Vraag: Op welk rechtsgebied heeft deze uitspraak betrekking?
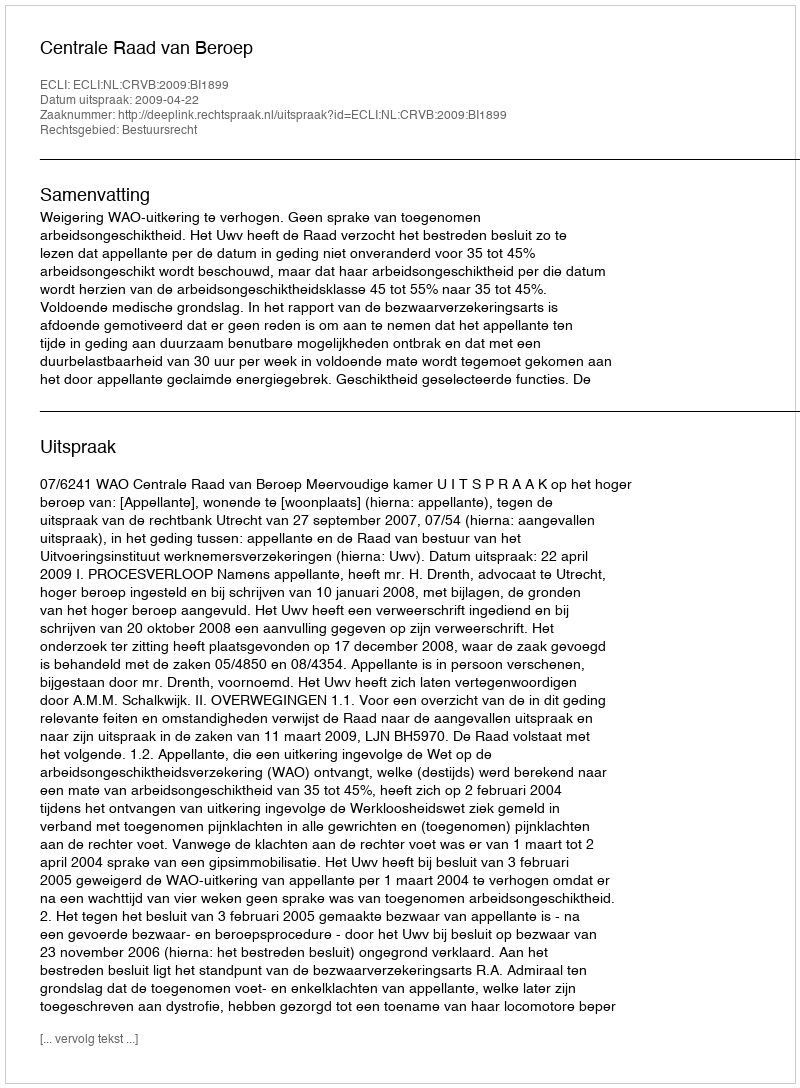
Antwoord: Bestuursrecht